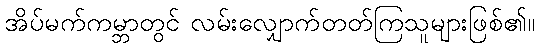
အိပ်မက်ကမ္ဘာတွင် လမ်းလျှောက်တတ်ကြသူများဖြစ်၏။